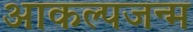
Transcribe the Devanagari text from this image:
आकल्पजन्म